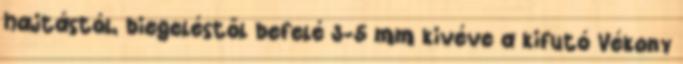
hajtástól, biegeléstől befelé 3-5 mm kivéve a kifutó Vékony